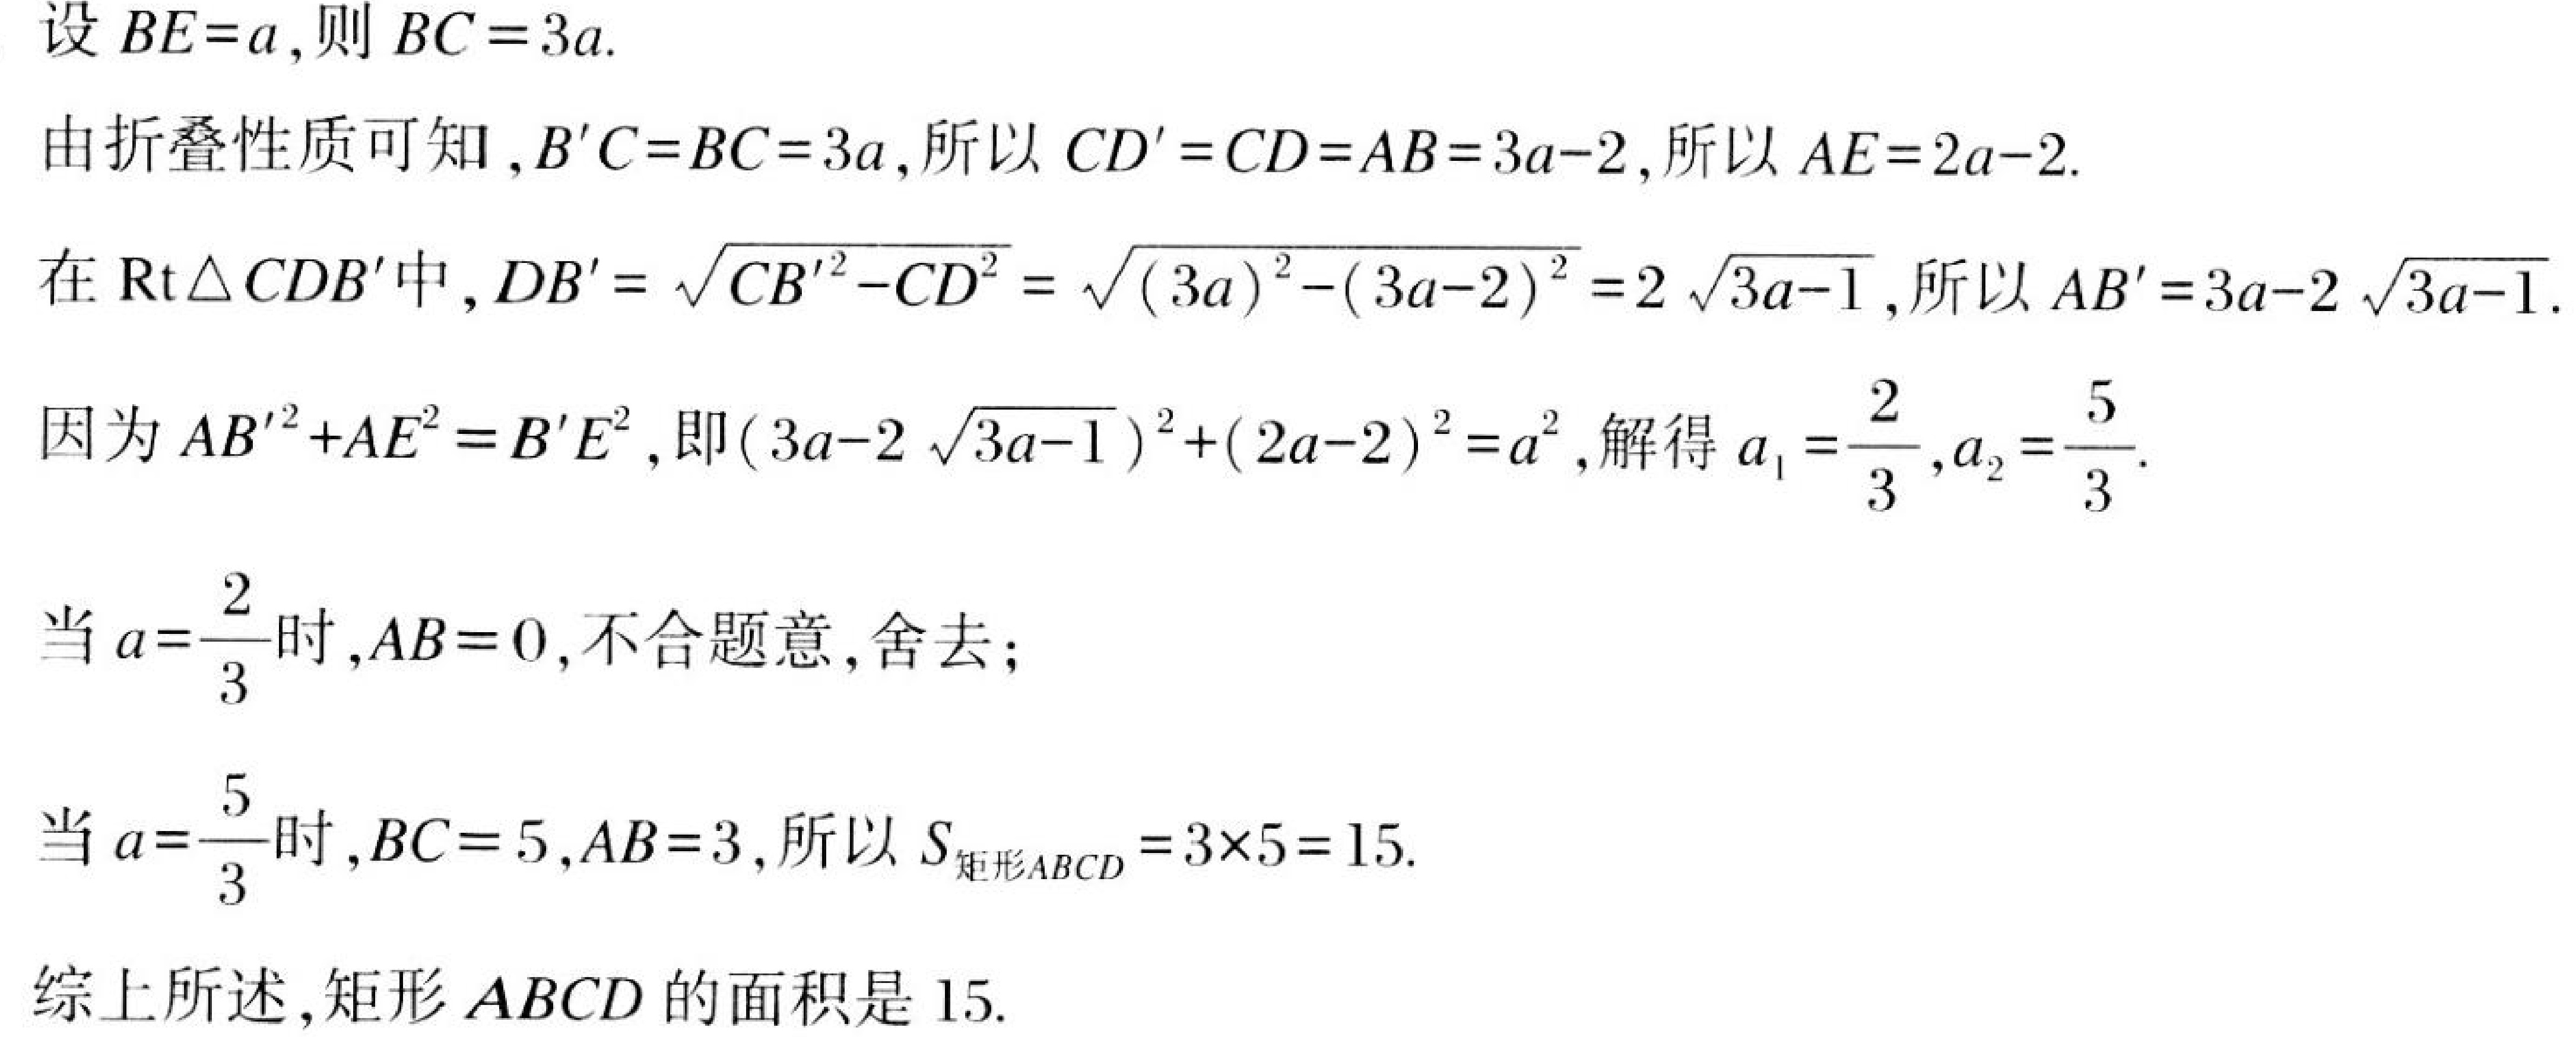
设 \(BE = a\)，则 \(BC = 3a\).
由折叠性质可知，\(B'C = BC = 3a\)，所以 \(CD' = CD = AB = 3a - 2\)，所以 \(AE = 2a - 2\).
在 \(\text{Rt}\triangle CDB'\) 中，\(DB'=\sqrt{CB'^{2}-CD^{2}}=\sqrt{(3a)^{2}-(3a - 2)^{2}} = 2\sqrt{3a - 1}\)，所以 \(AB' = 3a - 2\sqrt{3a - 1}\).
因为 \(AB'^{2}+AE^{2}=B'E^{2}\)，即 \((3a - 2\sqrt{3a - 1})^{2}+(2a - 2)^{2}=a^{2}\)，解得 \(a_{1}=\dfrac{2}{3},a_{2}=\dfrac{5}{3}\).
当 \(a = \dfrac{2}{3}\) 时，\(AB = 0\)，不合题意，舍去；
当 \(a=\dfrac{5}{3}\) 时，\(BC = 5\)，\(AB = 3\)，所以 \(S_{矩形ABCD}=3\times5 = 15\).
综上所述，矩形 \(ABCD\) 的面积是 \(15\).